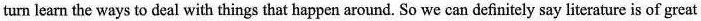
turn learn the ways to deal with things that happen around. So we can definitely say literature is of great